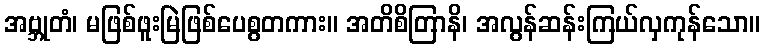
အဗ္ဘုတံ၊ မဖြစ်ဖူးမြဲဖြစ်ပေစွတကား။ အတိစိတြာနိ၊ အလွန်ဆန်းကြယ်လှကုန်သော။